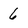
Character: 6